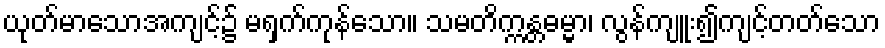
ယုတ်မာသောအကျင့်၌ မရှက်ကုန်သော။ သမတိက္ကန္တဓမ္မာ၊ လွန်ကျူး၍ကျင့်တတ်သော